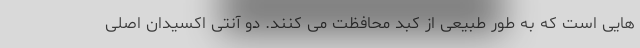
هایی است که به طور طبیعی از کبد محافظت می کنند. دو آنتی اکسیدان اصلی